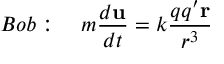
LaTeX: B o b : \quad m \frac { d \mathbf { u } } { d t } = k \frac { q q ^ { \prime } \mathbf { r } } { r ^ { 3 } } \qquad \qquad